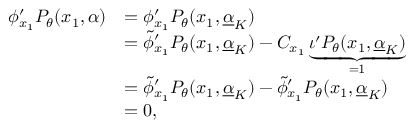
\begin{array} { r l } { \phi _ { x _ { 1 } } ^ { \prime } P _ { \theta } ( x _ { 1 } , \alpha ) } & { = \phi _ { x _ { 1 } } ^ { \prime } P _ { \theta } ( x _ { 1 } , \underline { { \alpha } } _ { K } ) } \\ & { = \widetilde { \phi } _ { x _ { 1 } } ^ { \prime } P _ { \theta } ( x _ { 1 } , \underline { { \alpha } } _ { K } ) - C _ { x _ { 1 } } \underbrace { \iota ^ { \prime } P _ { \theta } ( x _ { 1 } , \underline { { \alpha } } _ { K } ) } _ { = 1 } } \\ & { = \widetilde { \phi } _ { x _ { 1 } } ^ { \prime } P _ { \theta } ( x _ { 1 } , \underline { { \alpha } } _ { K } ) - \widetilde { \phi } _ { x _ { 1 } } ^ { \prime } P _ { \theta } ( x _ { 1 } , \underline { { \alpha } } _ { K } ) } \\ & { = 0 , } \end{array}